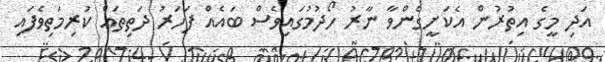
އަދި މީގެ އިތުރުން އެކަށީގެންވާ ނާރު ހޯދުމުގައިވެސް ބައެއް ފަހަރު ދަތިތައް ކުރިމަތިވެފައި